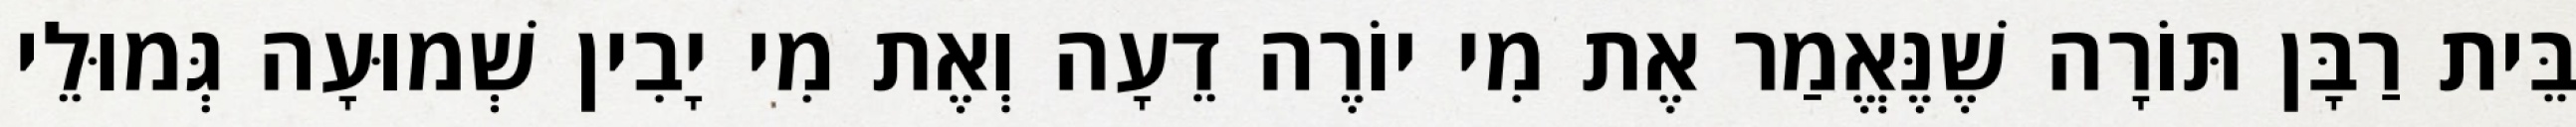
בֵּית רַבָּן תּוֹרָה שֶׁנֶּאֱמַר אֶת מִי יוֹרֶה דֵעָה וְאֶת מִי יָבִין שְׁמוּעָה גְּמוּלֵי